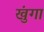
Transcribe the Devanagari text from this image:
खुंगा